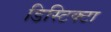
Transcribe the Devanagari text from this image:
डिस्टिक्टा